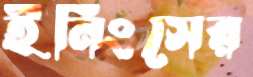
ইনিংসের